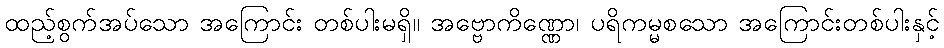
ထည့်စွက်အပ်သော အကြောင်း တစ်ပါးမရှိ။ အဗ္ဗောကိဏ္ဏော၊ ပရိကမ္မစသော အကြောင်းတစ်ပါးနှင့်